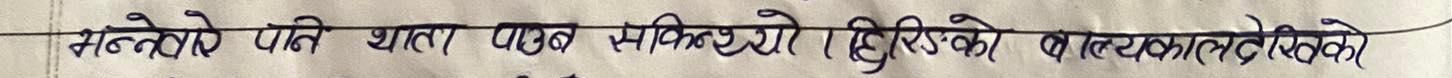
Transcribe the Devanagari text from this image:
मल्नेले पनि थाहा पाउन सकियो हिँडेको बल्याउन लेखेको